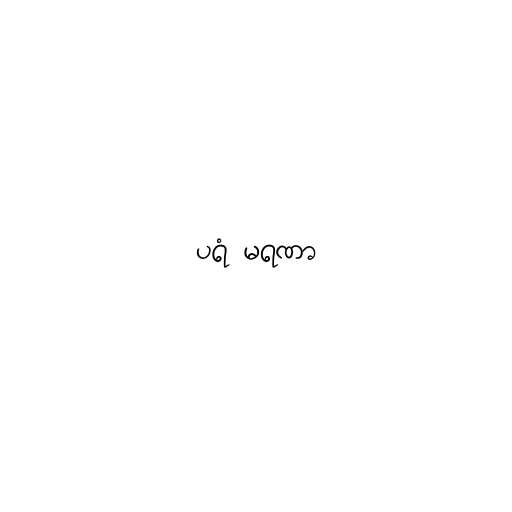
ပရံ မရဏာ